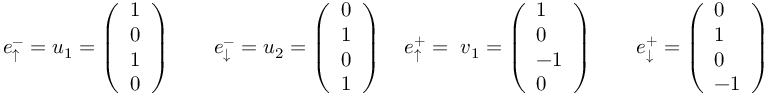
e _ { \uparrow } ^ { - } = u _ { 1 } = \left( \begin{array} { l } { 1 } \\ { 0 } \\ { 1 } \\ { 0 } \end{array} \right) \quad \quad e _ { \downarrow } ^ { - } = u _ { 2 } = \left( \begin{array} { l } { 0 } \\ { 1 } \\ { 0 } \\ { 1 } \end{array} \right) \quad e _ { \uparrow } ^ { + } = \ v _ { 1 } = \left( \begin{array} { l } { 1 } \\ { 0 } \\ { - 1 } \\ { 0 } \end{array} \right) \quad \quad e _ { \downarrow } ^ { + } = \left( \begin{array} { l } { 0 } \\ { 1 } \\ { 0 } \\ { - 1 } \end{array} \right)